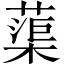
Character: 蕖